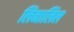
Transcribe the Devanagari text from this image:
लिनालिल